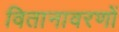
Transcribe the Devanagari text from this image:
वितानावरणों